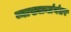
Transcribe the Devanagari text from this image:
व्याख्यानांनंतर